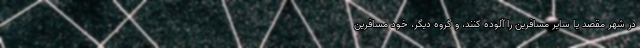
در شهر مقصد یا سایر مسافرین را آلوده کنند، و گروه دیگر، خود مسافرین